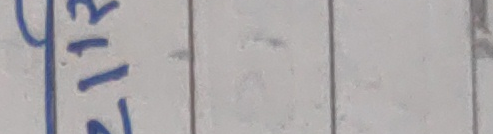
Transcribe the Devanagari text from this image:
४१२